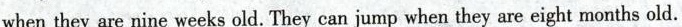
when they are nine weeks old. They can jump when they are eight months old.